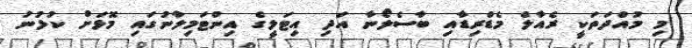
މި މުއްދަތަކީ ރެއާލް މެޑްރިޑާއި ބާސެލޯނާ އަދި އިޓަލީގެ އިންޓަމިލާނުގައި މޮޅަށް ކުޅުނު